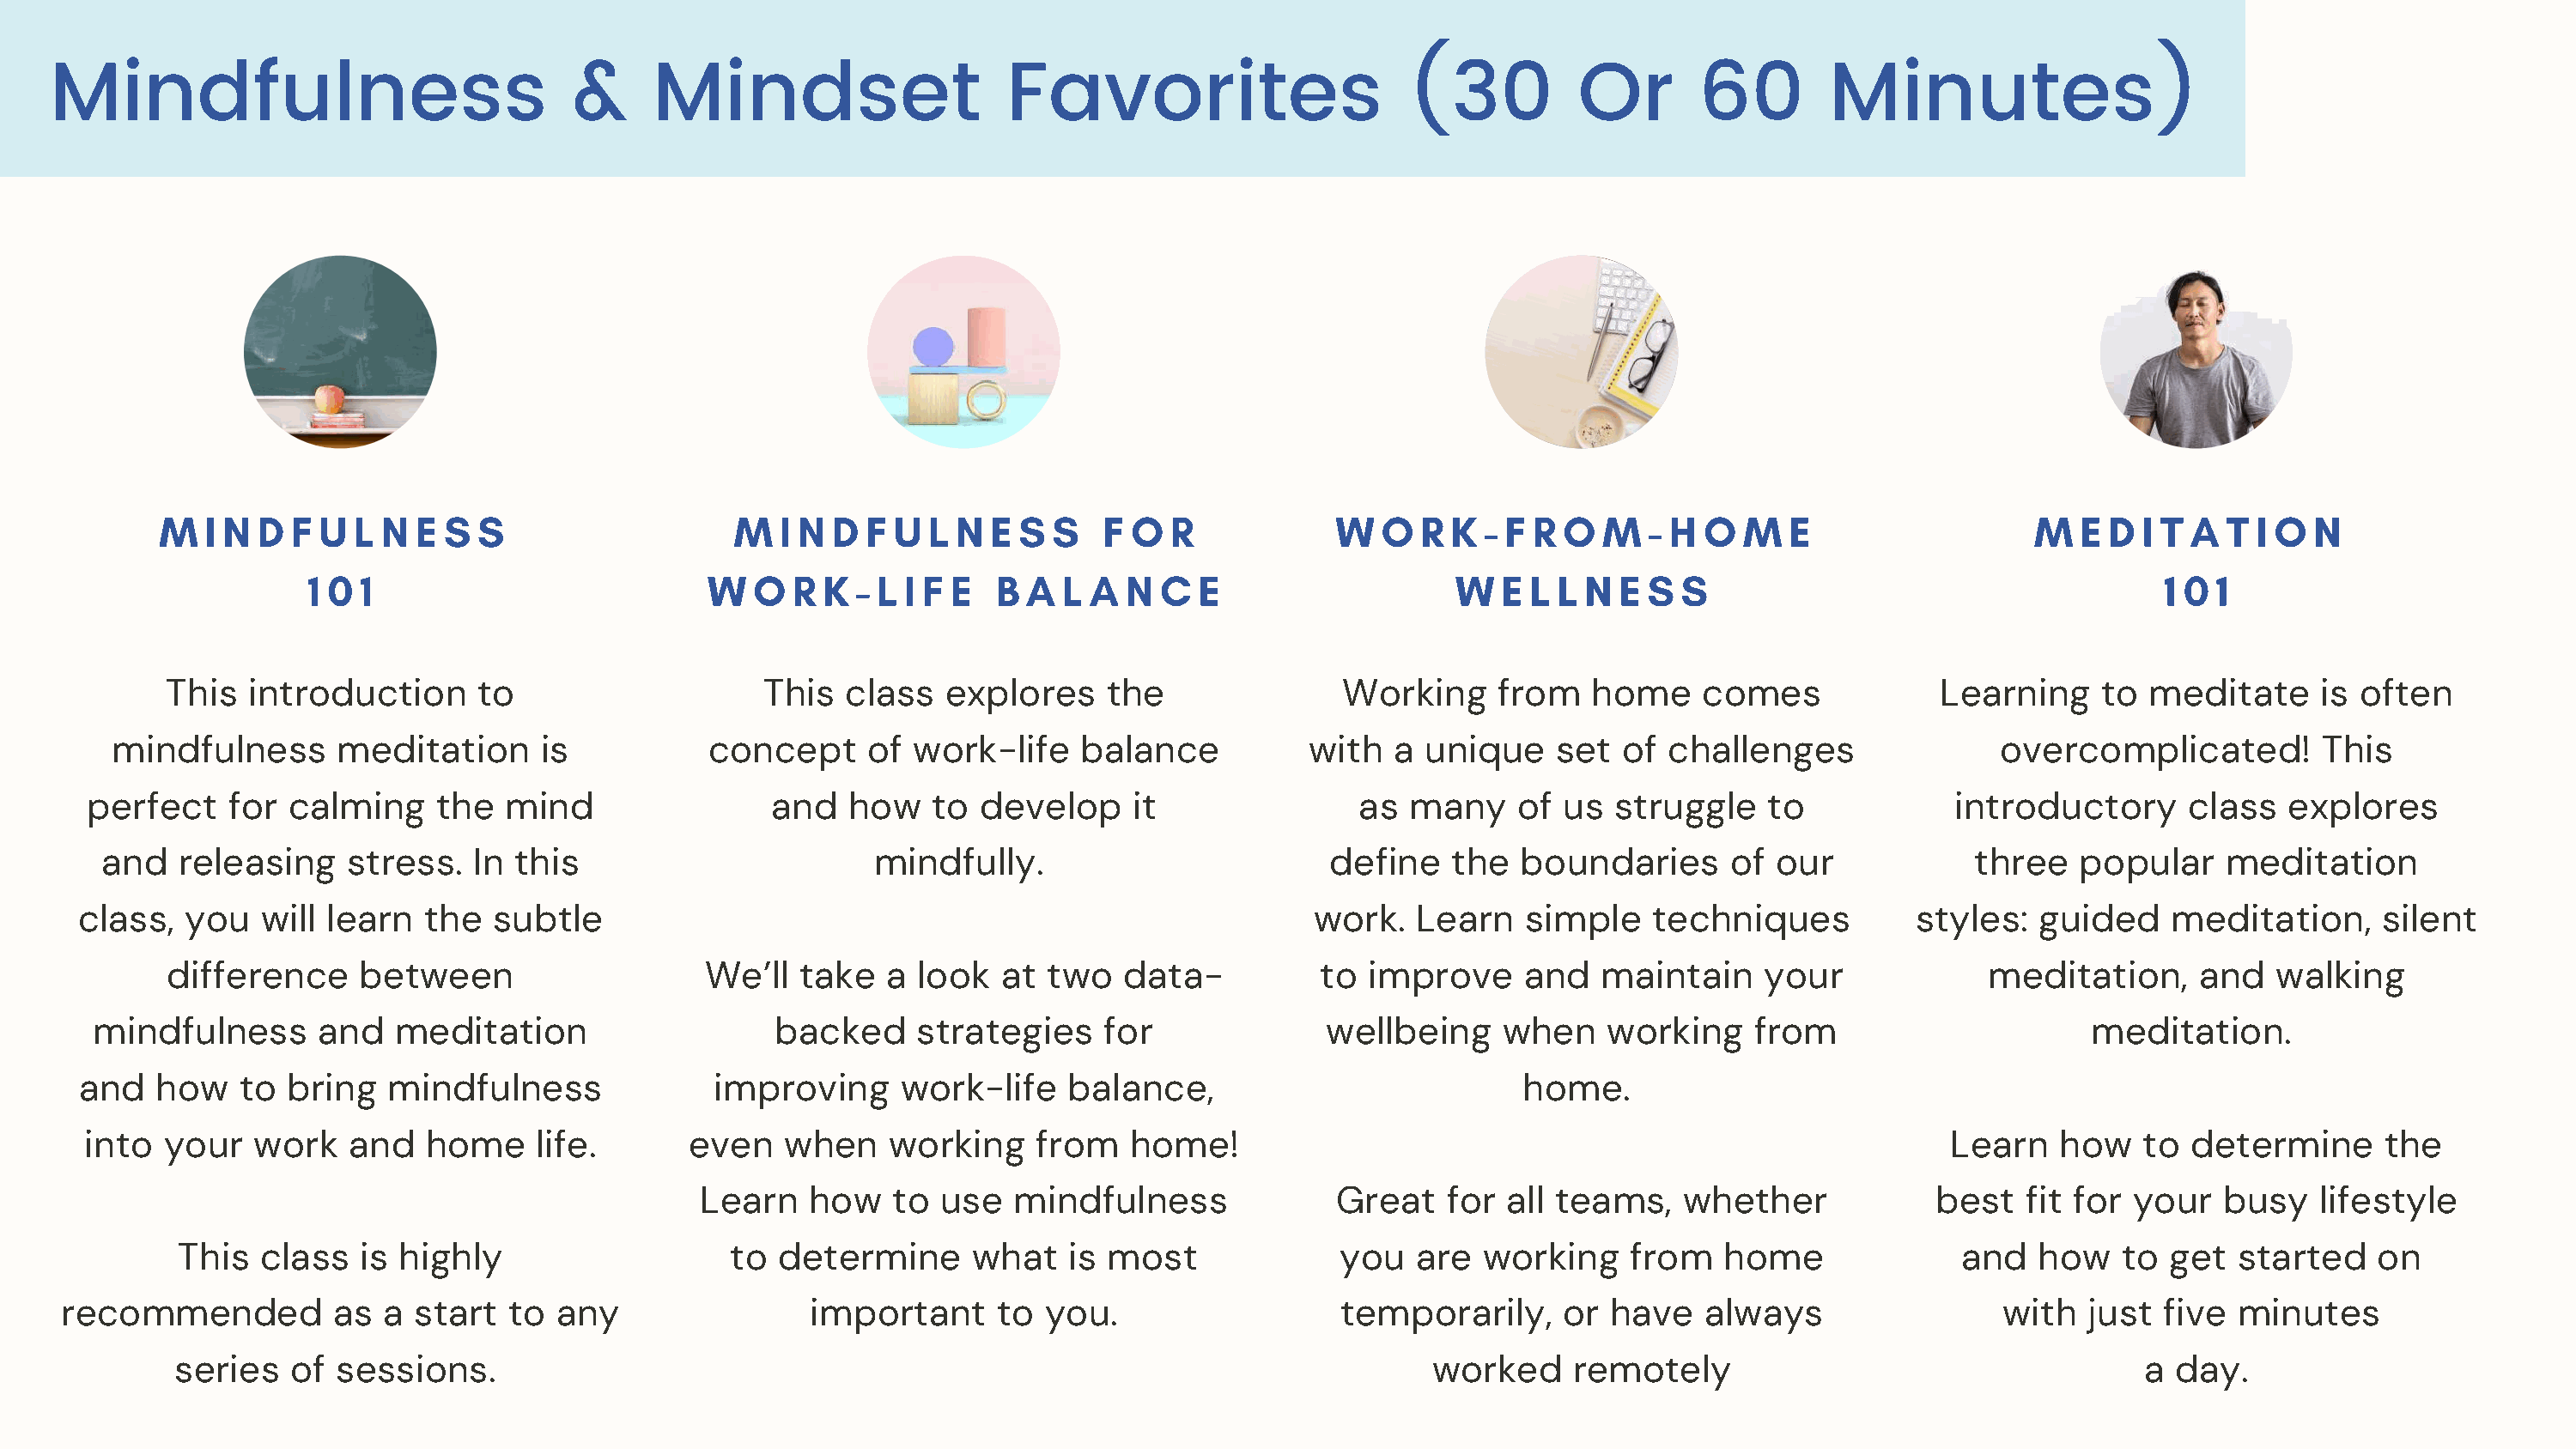
Mindfulness                             &     Mindset                     Favorites                      (30          Or       60        Minutes)
 M   I N D F  U L N  E S  S                   M  I N D  F U  L N E  S S   F O  R            W  O   R K - F R O   M  - H O  M   E                  M  E  D I T A  T I O N
 1 0 1                          W  O  R K  - L I F E  B A  L A  N C  E                   W   E L L N  E S  S                                    1 0 1
 This  introduction      to                    This  class   explores    the               Working     from    home    comes              Learning    to  meditate     is often
 mindfulness      meditation      is           concept     of work-life    balance           with  a  unique    set  of  challenges               overcomplicated!         This
 perfect    for calming     the  mind                and   how    to  develop    it                as  many    of  us struggle    to             introductory      class  explores
 and   releasing    stress.  In  this                       mindfully.                          define   the  boundaries      of  our            three   popular     meditation
 class,  you   will learn   the  subtle                                                         work.   Learn    simple   techniques           styles:  guided    meditation,      silent
 difference     between                   We’ll   take  a  look  at  two   data-          to improve     and   maintain     your             meditation,      and  walking
 mindfulness       and  meditation                    backed     strategies    for              wellbeing     when    working    from                      meditation.
 and   how   to  bring   mindfulness              improving     work-life    balance,                           home.
 into  your   work   and   home    life.       even   when     working    from   home!                                                          Learn    how   to  determine      the
 Learn   how    to use   mindfulness              Great    for all teams,    whether            best   fit for your   busy    lifestyle
 This  class   is highly                   to  determine      what   is most              you   are  working     from   home              and   how    to get   started   on
 recommended          as  a start  to  any                important      to  you.                  temporarily,     or  have   always                 with   just  five  minutes
 series   of  sessions.                                                                           worked     remotely                                    a  day.